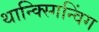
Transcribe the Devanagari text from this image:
थान्क्स्गिन्विंग